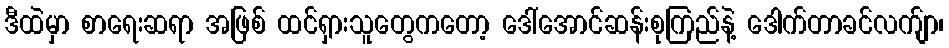
ဒီထဲမှာ စာရေးဆရာ အဖြစ် ထင်ရှားသူတွေကတော့ ဒေါ်အောင်ဆန်းစုကြည်နဲ့ ဒေါက်တာခင်လက်ျာ၊